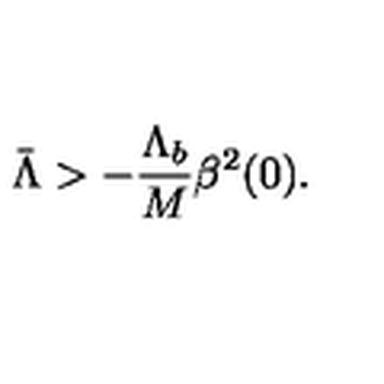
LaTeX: \bar { \Lambda } > - \frac { \Lambda _ { b } } { M } \beta ^ { 2 } ( 0 ) .